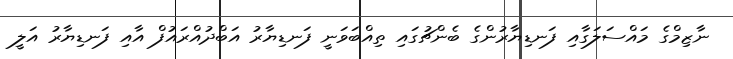
ނާޒިމްގެ މައްސަލަގާއި ފަނޑިޔާރުންގެ ބެންޗުގައި ތިއްބަވަނީ ފަނޑިޔާރު އަބްދުއްރައުފް އާއި ފަނޑިޔާރު އަލީ